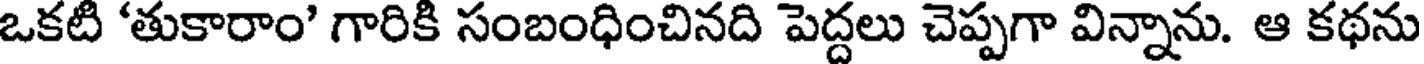
ఒకటి 'తుకారాం' గారికి సంబంధించినది పెద్దలు చెప్పగా విన్నాను. ఆ కథను